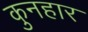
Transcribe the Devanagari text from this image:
कुनहार